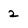
Character: 2